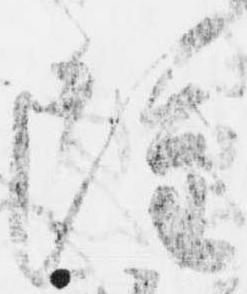
雖